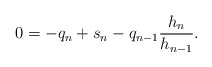
\begin{align*}0=-q_{n}+s_n -q_{n-1}\frac{h_{n}}{h_{n-1}} .\end{align*}